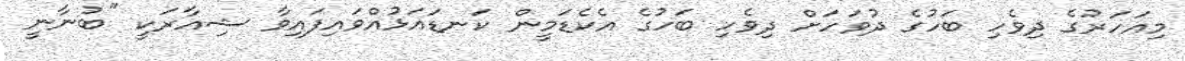
މިއަހަރުގެ ދިވެހި ބަހުގެ ދުވަހަށް ދިވެހި ބަހުގެ އެކެޑަމީން ކަނޑައަޅުއްވައިފައިވާ ޝިއާރަކީ "ބުނާނީ